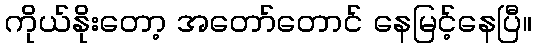
ကိုယ်နိုးတော့ အတော်တောင် နေမြင့်နေပြီ။